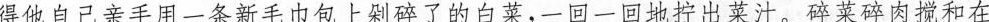
得\underline{他自己亲手用一条新毛巾包上剁碎了的当菜，一回一回出菜汁，碎蒸碎肉搅和在}